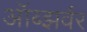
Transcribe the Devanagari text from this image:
ऑब्झर्वर